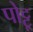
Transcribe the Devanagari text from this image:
पोट्टू